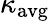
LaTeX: \kappa_{\mathrm{avg}}